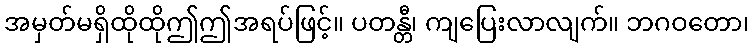
အမှတ်မရှိထိုထိုဤဤအရပ်ဖြင့်။ ပတန္တီ၊ ကျပြေးလာလျက်။ ဘဂဝတော၊